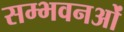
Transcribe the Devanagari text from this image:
सम्भवनओं